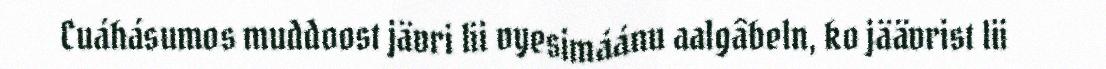
Cuáhásumos muddoost jävri lii vyesimáánu aalgâbeln, ko jäävrist lii